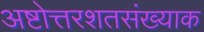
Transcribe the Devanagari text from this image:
अष्टोत्तरशतसंख्याक